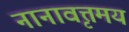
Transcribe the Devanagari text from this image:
नानावृत्तमय